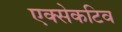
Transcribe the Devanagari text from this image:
एक्सेकटिव